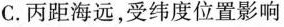
C. 丙距海远，受纬度位置影响